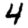
Digit: 4